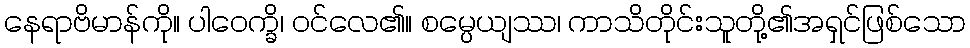
နေရာဗိမာန်ကို။ ပါဝေက္ခိ၊ ဝင်လေ၏။ စမ္ပေယျဿ၊ ကာသိတိုင်းသူတို့၏အရှင်ဖြစ်သော